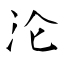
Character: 沦